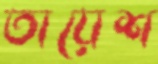
তায়েশ